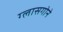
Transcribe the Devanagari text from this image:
ग्लासगोने